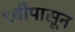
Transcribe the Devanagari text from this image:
९वीपासून